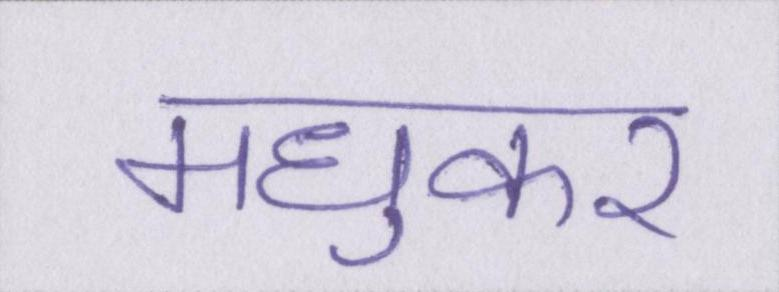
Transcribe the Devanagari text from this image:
मधुकर